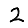
Digit: 2